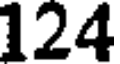
124